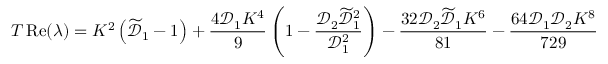
T \operatorname { R e } ( \lambda ) = K ^ { 2 } \left( \widetilde { \mathcal { D } } _ { 1 } - 1 \right) + \frac { 4 \mathcal { D } _ { 1 } K ^ { 4 } } { 9 } \left( 1 - \frac { \mathcal { D } _ { 2 } \widetilde { \mathcal { D } } _ { 1 } ^ { 2 } } { \mathcal { D } _ { 1 } ^ { 2 } } \right) - \frac { 3 2 \mathcal { D } _ { 2 } \widetilde { \mathcal { D } } _ { 1 } K ^ { 6 } } { 8 1 } - \frac { 6 4 \mathcal { D } _ { 1 } \mathcal { D } _ { 2 } K ^ { 8 } } { 7 2 9 }